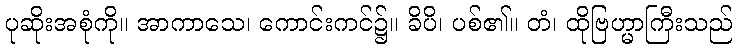
ပုဆိုးအစုံကို။ အာကာသေ၊ ကောင်းကင်၌။ ခိပိ၊ ပစ်၏။ တံ၊ ထိုဗြဟ္မာကြီးသည်